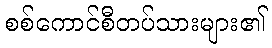
စစ်ကောင်စီတပ်သားများ၏